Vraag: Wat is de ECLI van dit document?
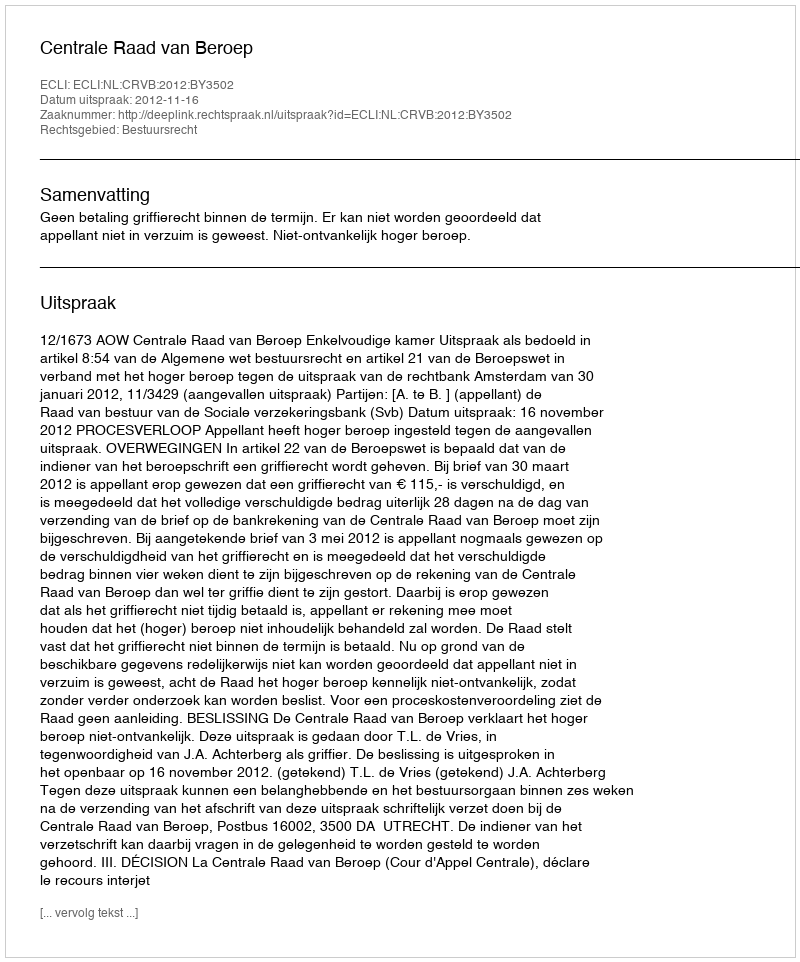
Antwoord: ECLI:NL:CRVB:2012:BY3502